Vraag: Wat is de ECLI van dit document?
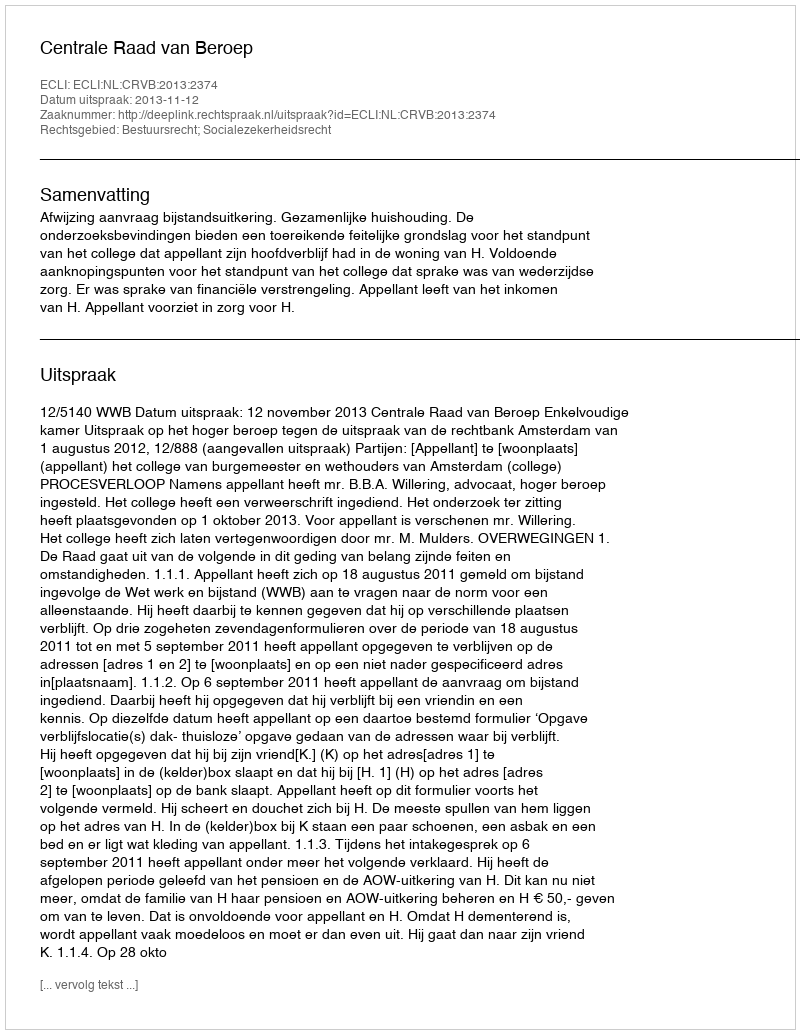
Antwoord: ECLI:NL:CRVB:2013:2374